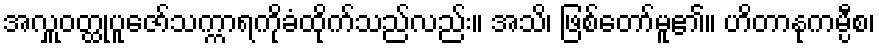
အလှူဝတ္ထုပူဇော်သက္ကာရကိုခံထိုက်သည်လည်း။ အသိ၊ ဖြစ်တော်မူ၏။ ဟိတာနုကမ္ပီစ၊